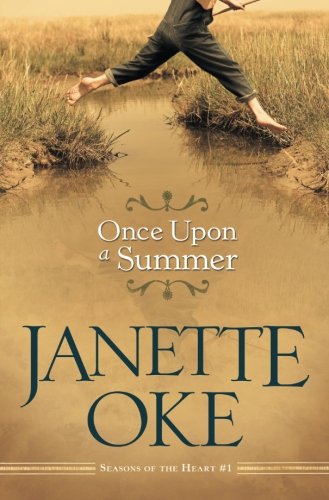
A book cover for Once Upon a Summer (Seasons of the Heart) (Volume 1); Janette Oke; Religion & Spirituality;